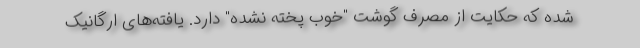
شده که حکایت از مصرف گوشت "خوب پخته نشده" دارد. یافته‌های ارگانیک